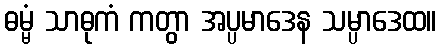
ဓမ္မံ သာဓုကံ ကတွာ အပ္ပမာဒေန သမ္ပာဒေထ။